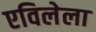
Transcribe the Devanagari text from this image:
एविलेला